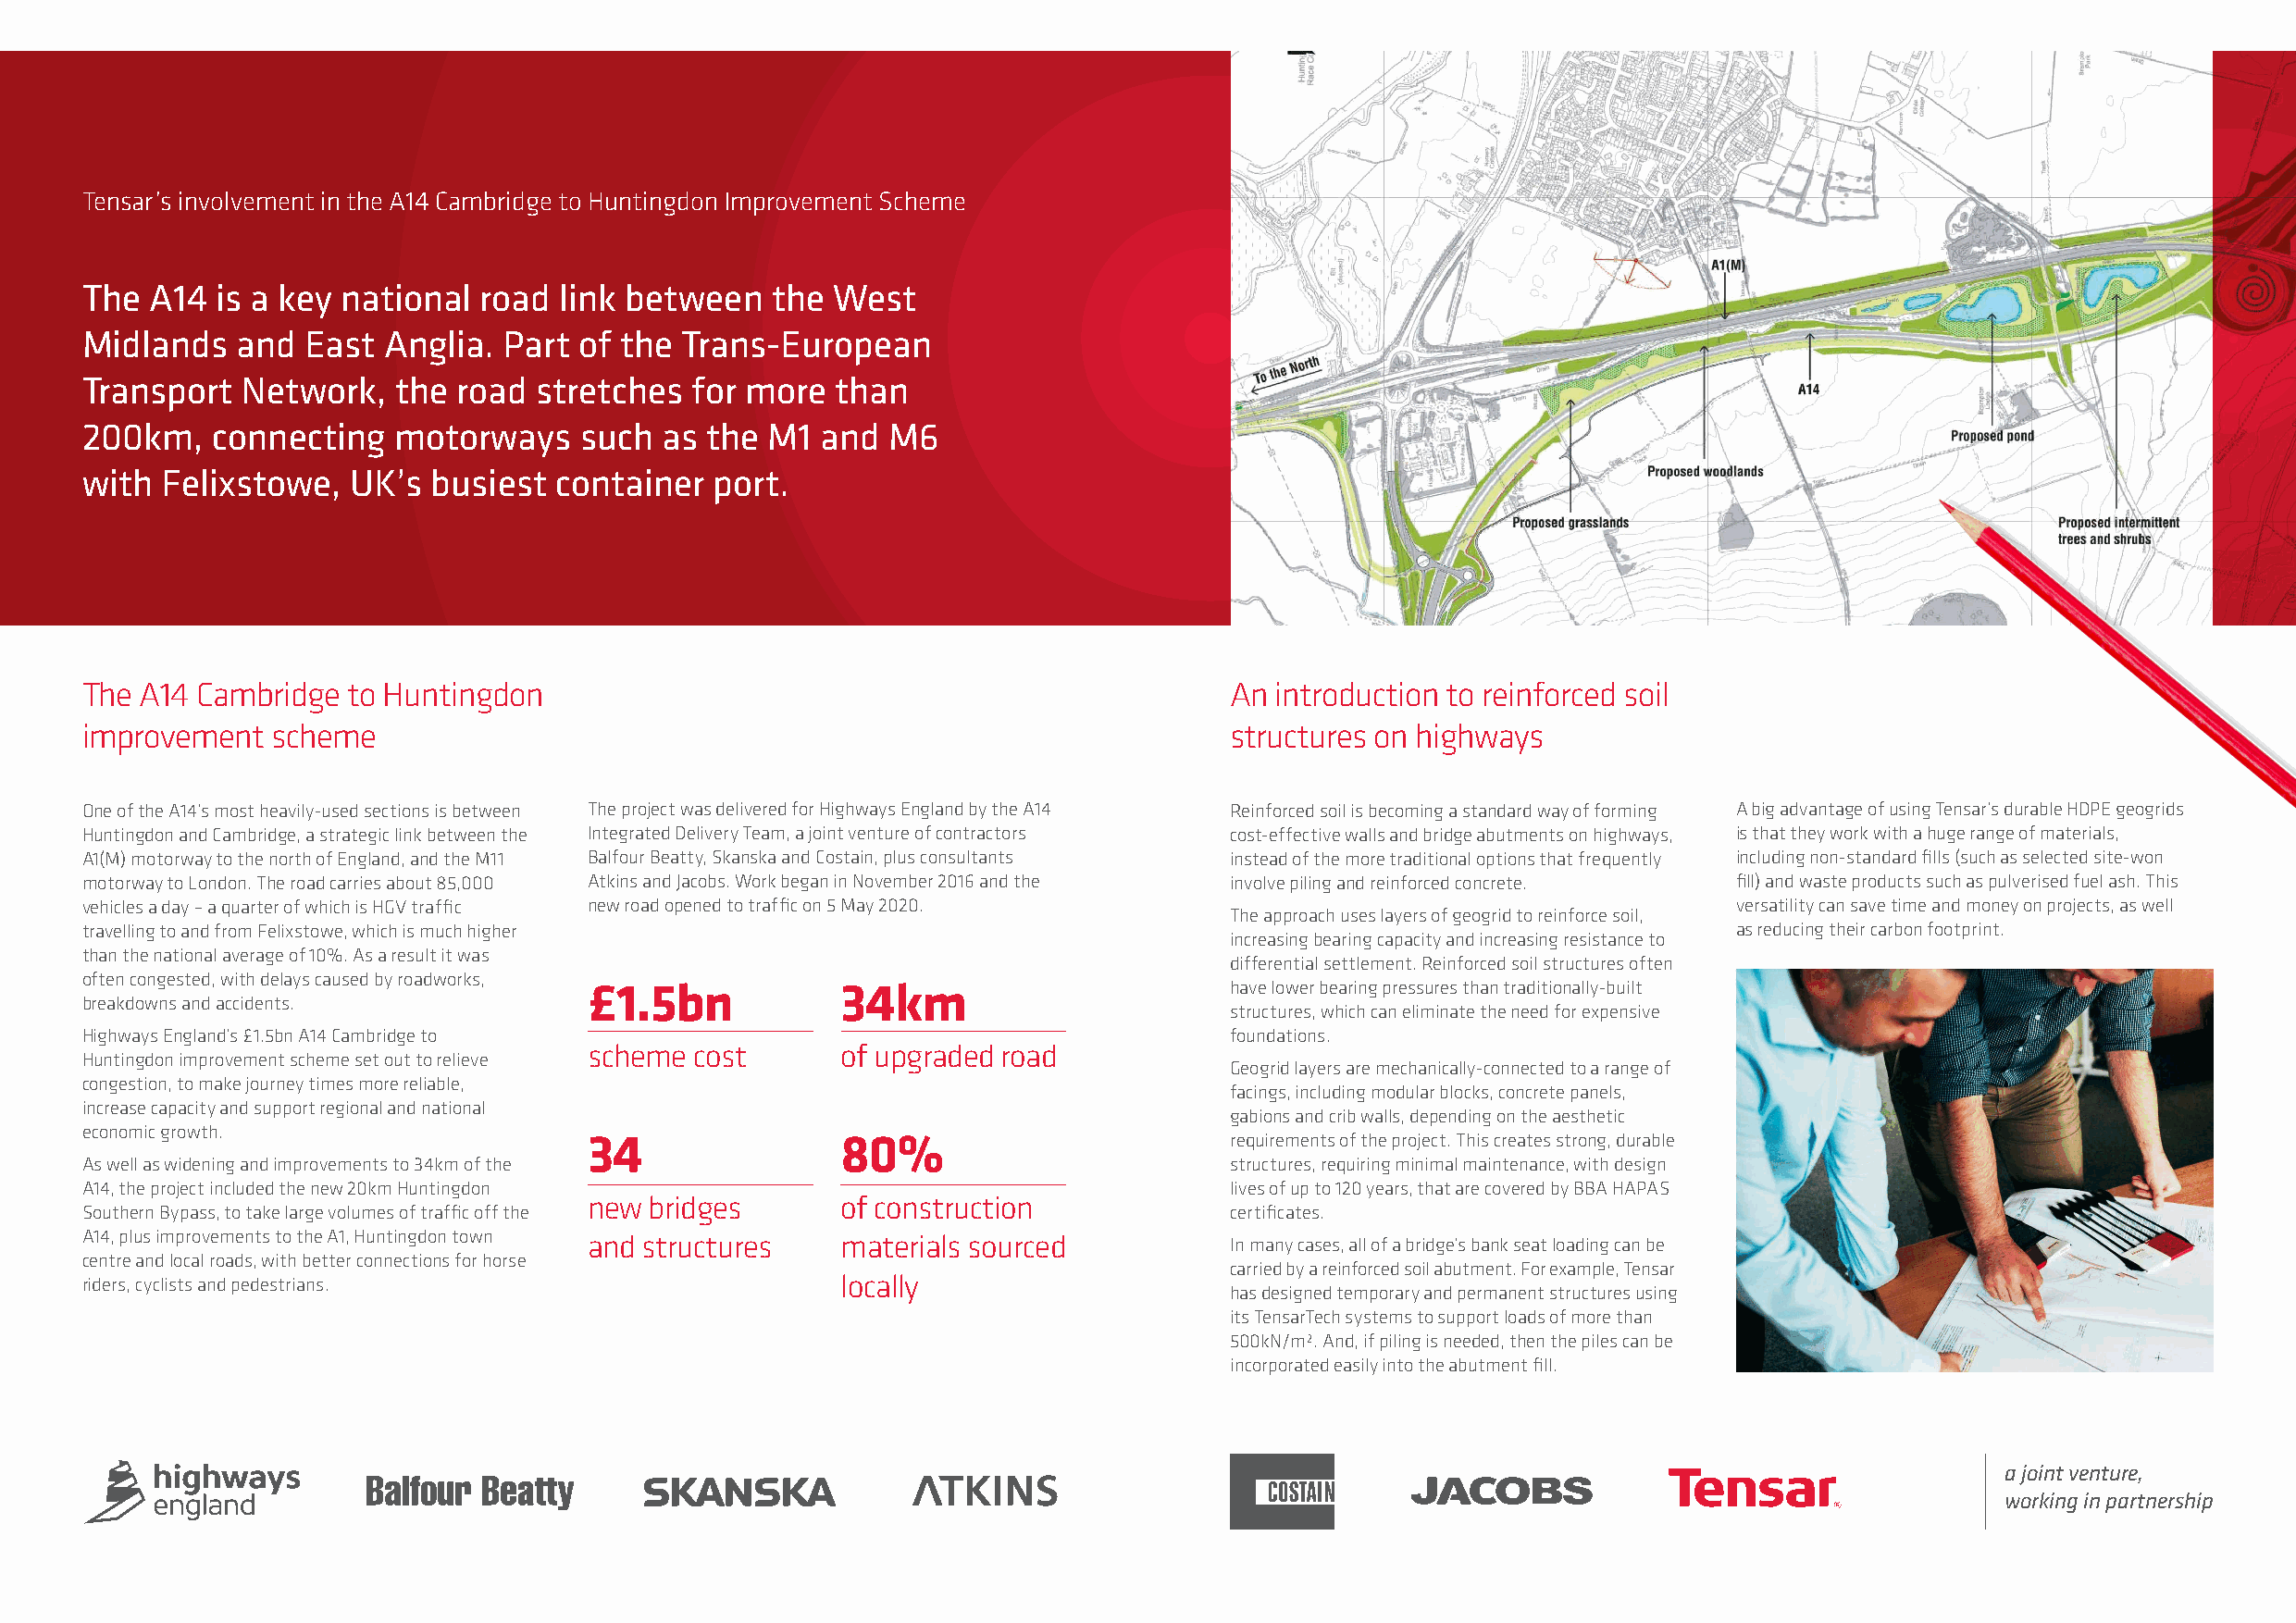
Tensar’s involvement in the A14 Cambridge to Huntingdon Improvement Scheme
 The  A14 is a key national  road  link between   the  West
 Midlands   and  East Anglia.  Part of the  Trans-European
 Transport  Network,   the  road stretches  for more   than
 200km,   connecting   motorways    such  as  the M1  and  M6
 with  Felixstowe,  UK’s  busiest  container  port.
 The A14 Cambridge  to Huntingdon                                                  An introduction to reinforced soil
 improvement  scheme                                                               structures on highways
 One of the A14’s most heavily-used sections is between The project was delivered for Highways England by the A14 Reinforced soil is becoming a standard way of forming A big advantage of using Tensar’s durable HDPE geogrids
 Huntingdon and Cambridge, a strategic link between the Integrated Delivery Team, a joint venture of contractors cost-effective walls and bridge abutments on highways, is that they work with a huge range of materials,
 A1(M) motorway to the north of England, and the M11 Balfour Beatty, Skanska and Costain, plus consultants instead of the more traditional options that frequently including non-standard fills (such as selected site-won
 motorway to London. The road carries about 85,000 Atkins and Jacobs. Work began in November 2016 and the involve piling and reinforced concrete. fill) and waste products such as pulverised fuel ash. This
 vehicles a day – a quarter of which is HGV traffic new road opened to traffic on 5 May 2020.                          versatility can save time and money on projects, as well
 The approach uses layers of geogrid to reinforce soil,
 travelling to and from Felixstowe, which is much higher                                                               as reducing their carbon footprint.
 increasing bearing capacity and increasing resistance to
 than the national average of 10%. As a result it was
 differential settlement. Reinforced soil structures often
 often congested, with delays caused by roadworks,
 £1.5bn            34km                        have lower bearing pressures than traditionally-built
 breakdowns and accidents.
 structures, which can eliminate the need for expensive
 Highways England’s £1.5bn A14 Cambridge to                                        foundations.
 scheme  cost      of upgraded road
 Huntingdon improvement scheme set out to relieve
 Geogrid layers are mechanically-connected to a range of
 congestion, to make journey times more reliable,
 facings, including modular blocks, concrete panels,
 increase capacity and support regional and national
 gabions and crib walls, depending on the aesthetic
 economic growth.
 34                80%                         requirements of the project. This creates strong, durable
 As well as widening and improvements to 34km of the                               structures, requiring minimal maintenance, with design
 A14, the project included the new 20km Huntingdon                                 lives of up to 120 years, that are covered by BBA HAPAS
 new bridges       of construction
 Southern Bypass, to take large volumes of traffic off the                         certificates.
 A14, plus improvements to the A1, Huntingdon town and structures materials sourced In many cases, all of a bridge’s bank seat loading can be
 centre and local roads, with better connections for horse
 carried by a reinforced soil abutment. For example, Tensar
 riders, cyclists and pedestrians.                     locally
 has designed temporary and permanent structures using
 its TensarTech systems to support loads of more than
 500kN/m². And, if piling is needed, then the piles can be
 incorporated easily into the abutment fill.
 a joint venture,
 working in partnership